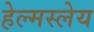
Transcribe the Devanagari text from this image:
हेल्मस्लेय